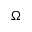
\boldsymbol { \Omega }